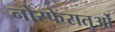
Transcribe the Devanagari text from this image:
नोस्फेरातुओं